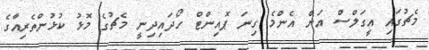
މެޗުގައި އީގަލްސް އަށް އެންމެ ގިނަ ޕޮއިންޓް ހޯދައިދިނީ މެޗުގެ މޮޅު ކުޅުންތެރިއާގެ